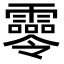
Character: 𩆖